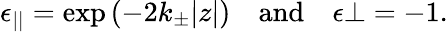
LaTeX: \epsilon_{||}=\exp\left({-2k_{\pm}|z|}\right)\quad\textrm{and}\quad\epsilon{\perp}=-1.